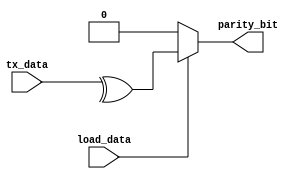
module parity_gen (tx_data, load_data, parity_bit);

    input load_data;
    input [7:0] tx_data;

    output reg parity_bit;

    always @ (*) begin
        if(load_data) begin
            parity_bit = ^(tx_data);
    	end
    	else begin
            parity_bit = 0;
    	end
    end

endmodule

/*
module paritygentest;

    reg load_data;
    reg [7:0] tx_data;

    wire parity_bit;

    parity_gen p1 (.tx_data(tx_data), .load_data(load_data), .parity_bit(parity_bit));

    initial begin 
        $dumpfile("parity_gen_tb.vcd");
        $dumpvars(0, paritygentest);

        tx_data=8'b01011110; load_data=0;
        #2 load_data=1;
        #2 tx_data=8'b01011111; load_data=0;
        #2 load_data=1;
        $finish();
    end

    initial begin 
        $monitor("time=%0d, tx_data=%b, load_data=%b, parity_bit=%b", $time, tx_data, load_data, parity_bit);
    end

endmodule
*/